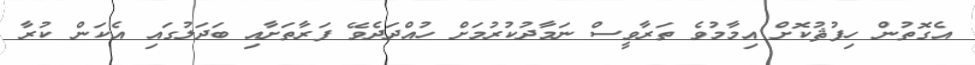
އެގޮތުން ހިފުޘުކޮށް އިމާމުވެ ތަރާވީސް ނަމާދުކުރުމަށް ހުއްދަދެވޭ ފަރާތަށާއި ބަދަލުގައި އެކަން ކުރާ